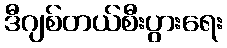
ဒီဂျစ်တယ်စီးပွားရေး